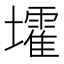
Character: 𡓘